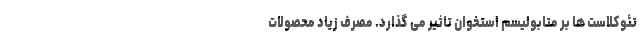
تئوکلاست ها بر متابولیسم استخوان تاثیر می گذارد. مصرف زیاد محصولات